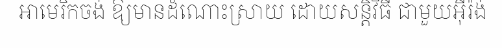
អាមេរិកចង់ ឱ្យមានដំណោះស្រាយ ដោយសន្តិវិធី ជាមួយអ៊ីរ៉ង់